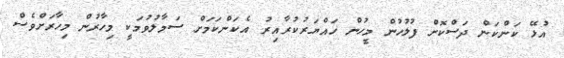
އުޅޭ ކަންކަން ދަސްކޮށް ފުލުހުން މީހުން ހައްޔަރުކުރާއިރު އެކަންކަމަށް ސަމާލުވުމަކީ މިހާރުން މިހާރަށްވެސް